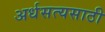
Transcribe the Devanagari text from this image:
अर्धसत्यसाठी